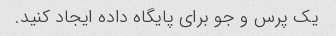
یک پرس و جو برای پایگاه داده ایجاد کنید.